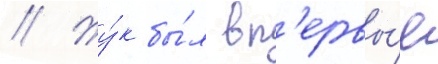
// Жу́к бы́л вп'ервы́е